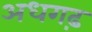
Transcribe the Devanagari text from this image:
अधगढ़